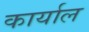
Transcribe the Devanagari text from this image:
कार्याल